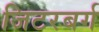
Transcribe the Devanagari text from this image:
जिटरबर्ग